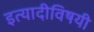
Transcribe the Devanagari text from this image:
इत्यादीविषयी